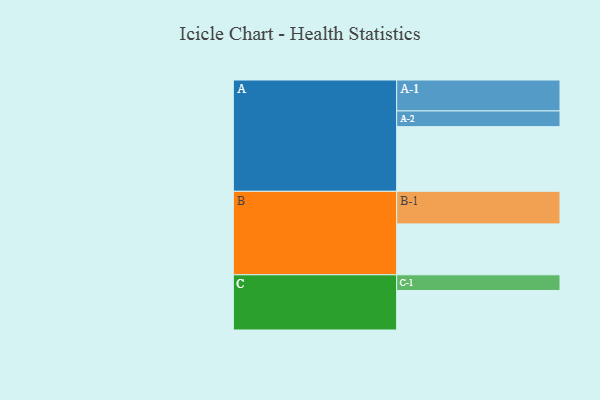
{"axis": {"x": "Segment", "y": "Value"}, "legend": ["", "A", "B", "C"], "data": [{"x": "A", "y": 506, "type": ""}, {"x": "B", "y": 398, "type": ""}, {"x": "C", "y": 309, "type": ""}, {"x": "A-1", "y": 242, "type": "A"}, {"x": "A-2", "y": 123, "type": "A"}, {"x": "B-1", "y": 255, "type": "B"}, {"x": "C-1", "y": 123, "type": "C"}]}